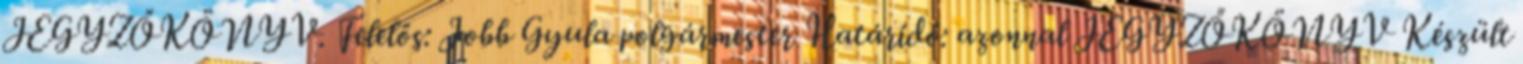
JEGYZŐKÖNYV. Felelős: Jobb Gyula polgármester Határidő: azonnal JEGYZŐKÖNYV Készült